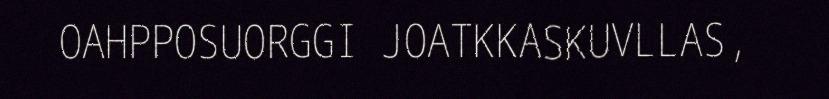
OAHPPOSUORGGI JOATKKASKUVLLAS,